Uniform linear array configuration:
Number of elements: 8
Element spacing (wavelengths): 1
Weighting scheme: binomial
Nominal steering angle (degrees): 15
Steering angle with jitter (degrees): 14.477
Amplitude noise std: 0.05
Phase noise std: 0.05

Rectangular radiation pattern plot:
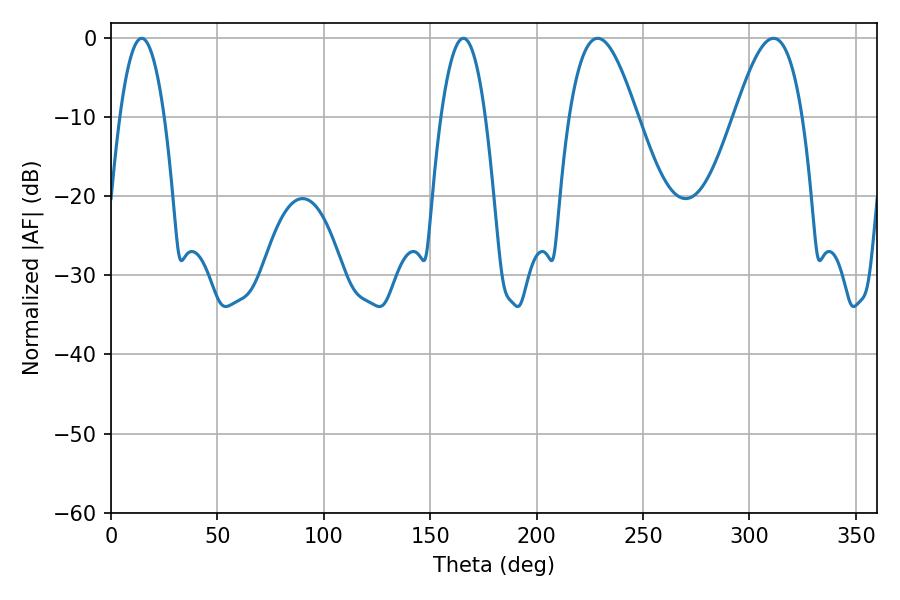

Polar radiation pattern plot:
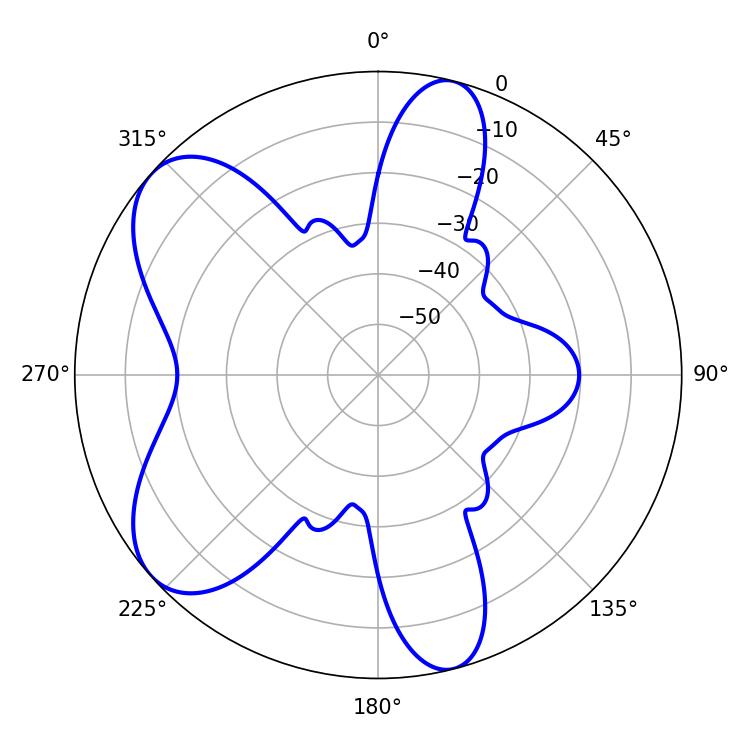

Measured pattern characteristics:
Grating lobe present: TRUE
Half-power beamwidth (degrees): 11.52
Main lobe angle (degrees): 14.4